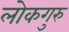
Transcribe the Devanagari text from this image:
लोकगुरु